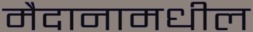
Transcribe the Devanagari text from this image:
मैदानामधील